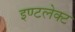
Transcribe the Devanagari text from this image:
इण्टलेक्ट